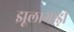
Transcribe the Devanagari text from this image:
झूलागाड़ी